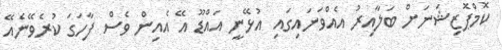
ކޮމްޕޮޒިޝަނަށް ބަލާއިރު އެއްވަނައިގައި އުޅޭނީ އައްޑޫ އޭ އެއިން ވެސް ފާހަގަ ކުރެވޭނެއޭ